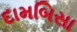
દામબિસા